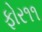
ફોર૧૧